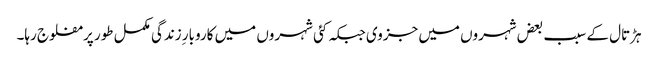
ہڑتال کے سبب بعض شہروں میں جزوی جبکہ کئی شہروں میں کاروبار ِزندگی مکمل طور پر مفلوج رہا۔